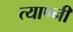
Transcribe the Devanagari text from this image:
त्याण्नी